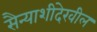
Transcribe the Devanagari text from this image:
सैन्याशीदेखील